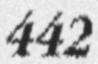
442